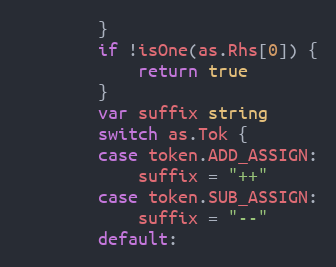
Language: Go
		}
		if !isOne(as.Rhs[0]) {
			return true
		}
		var suffix string
		switch as.Tok {
		case token.ADD_ASSIGN:
			suffix = "++"
		case token.SUB_ASSIGN:
			suffix = "--"
		default: